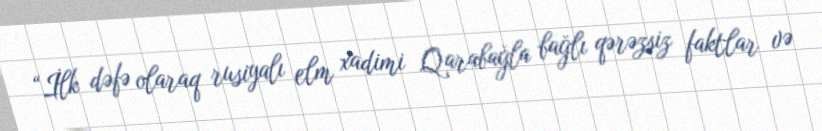
“İlk dəfə olaraq rusiyalı elm xadimi Qarabağla bağlı qərəzsiz faktlar və